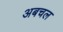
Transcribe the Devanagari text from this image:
अबचल